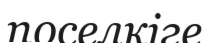
поселкіге